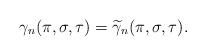
LaTeX: \begin{align*}\gamma_n(\pi,\sigma,\tau)=\widetilde{\gamma}_n(\pi,\sigma,\tau).\end{align*}